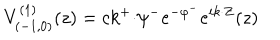
V _ { ( { - } 1 , 0 ) } ^ { ( 1 ) } ( z ) = c k ^ { + } { \cdot } \psi ^ { - } e ^ { - \varphi ^ { - } } e ^ { i k { \cdot } Z } ( z )